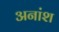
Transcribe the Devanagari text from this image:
अनांश